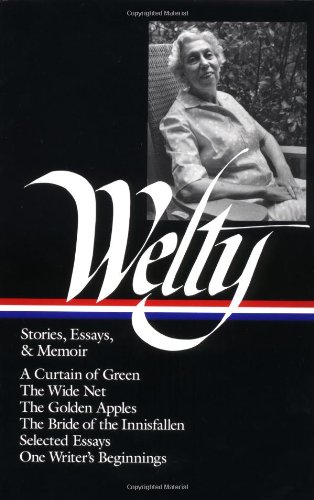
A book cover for Eudora Welty : Stories, Essays & Memoir (Library of America, 102); Eudora Welty; Literature & Fiction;